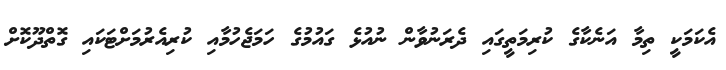
އެކަމަކީ ތިމާ އަނެކާގެ ކުރިމަތީގައި ދެރަނުވާން ނުއުޅެ ގައުމުގެ ހަމަޖެހުމާއި ކުރިއެރުމަށްޓަކައި ގޮތްދޫކޮށް